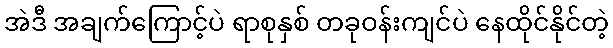
အဲဒီ အချက်ကြောင့်ပဲ ရာစုနှစ် တခုဝန်းကျင်ပဲ နေထိုင်နိုင်တဲ့